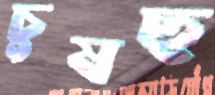
চুষছ